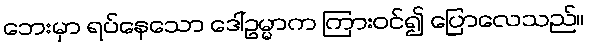
ဘေးမှာ ရပ်နေသော ဒေါ်ဥမ္မာက ကြားဝင်၍ ပြောလေသည်။